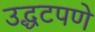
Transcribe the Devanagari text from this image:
उद्धटपणे